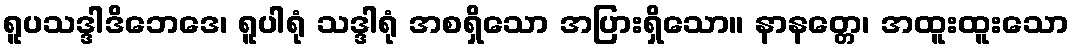
ရူပသဒ္ဒါဒိဘေဒေ၊ ရူပါရုံ သဒ္ဒါရုံ အစရှိသော အပြားရှိသော။ နာနတ္တေ၊ အထူးထူးသော